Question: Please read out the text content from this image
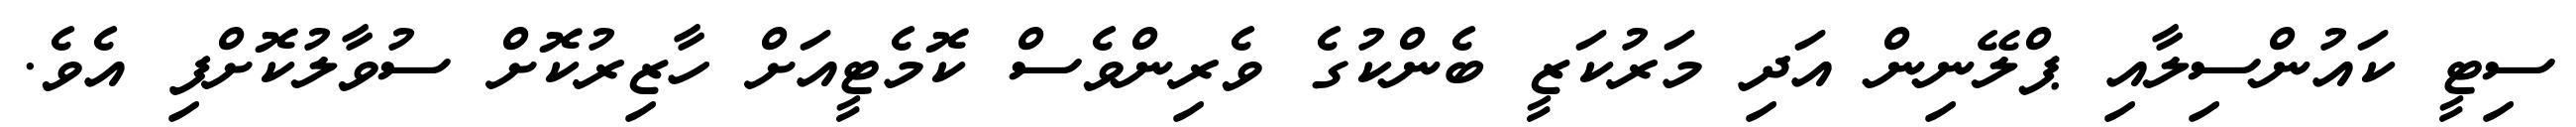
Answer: ސިޓީ ކައުންސިލާއި ޕްލޭނިން އަދި މަރުކަޒީ ބެންކުގެ ވެރިންވެސް ކޮމެޓީއަށް ހާޒިރުކޮށް ސުވާލުކޮށްފި އެވެ.